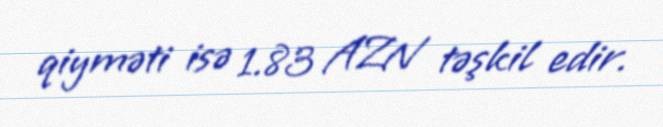
qiyməti isə 1.83 AZN təşkil edir.